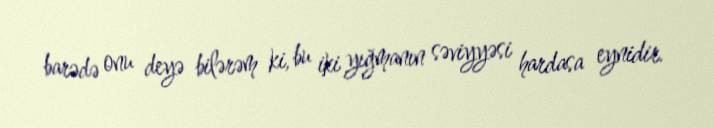
barədə onu deyə bilərəm ki, bu iki yığmanın səviyyəsi hardasa eynidir.